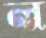
ল